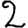
Digit: 2